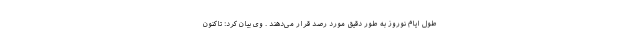
طول ایام نوروز به طور دقیق مورد رصد قرار می‌دهند . وی بیان کرد: تاکنون